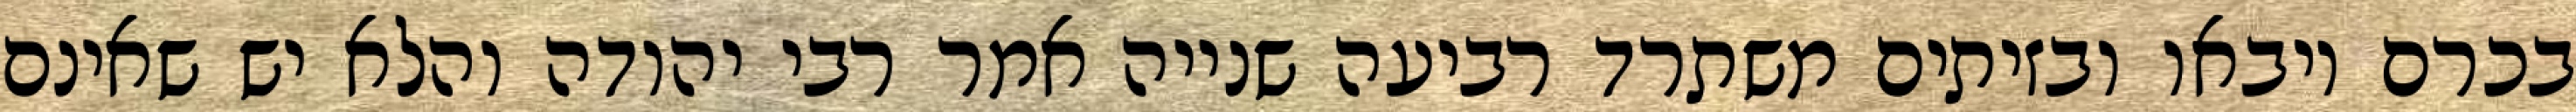
בכרם ויבאו ובזיתים משתרד רביעה שנייה אמר רבי יהודה והלא יש שאינם